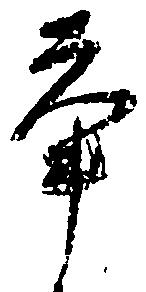
挙